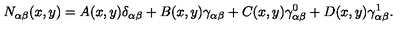
N _ { \alpha \beta } ( x , y ) = A ( x , y ) \delta _ { \alpha \beta } + B ( x , y ) \gamma _ { \alpha \beta } + C ( x , y ) \gamma _ { \alpha \beta } ^ { 0 } + D ( x , y ) \gamma _ { \alpha \beta } ^ { 1 } .